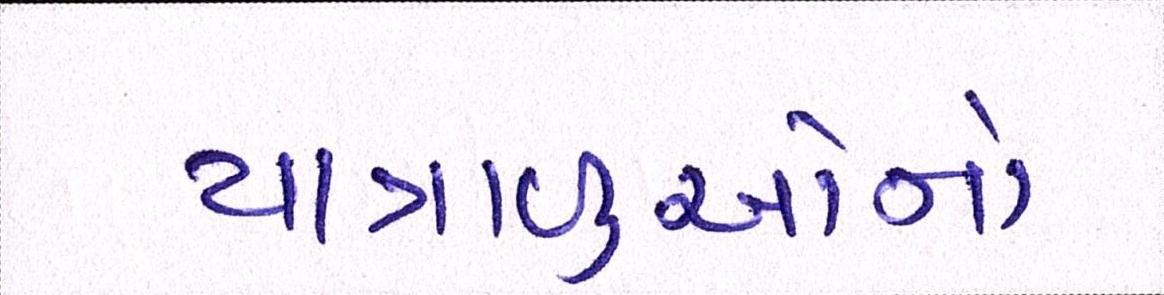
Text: યાત્રાળુઓનો